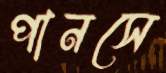
পানসে